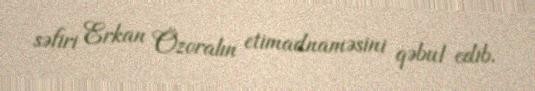
səfiri Erkan Özoralın etimadnaməsini qəbul edib.